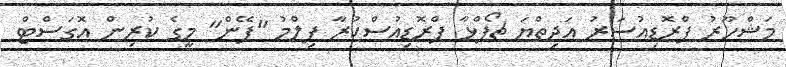
މަޝްހޫރު ޕްރޮޑިއުސަރު އަދިތްޔަ ޗޯޕްޅާ ޕްރޮޑިއުސްކުރާ ފިލްމު "ފޭން" މީގެ ކުރިން އޮގަސްޓް